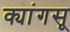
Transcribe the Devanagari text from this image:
क्यांगसू